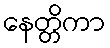
နေတ္တိကာ